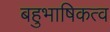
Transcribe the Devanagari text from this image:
बहुभाषिकत्व